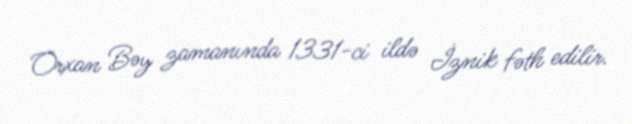
Orxan Bəy zamanında 1331-ci ildə İznik fəth edilir.